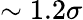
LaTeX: \sim 1.2\sigma